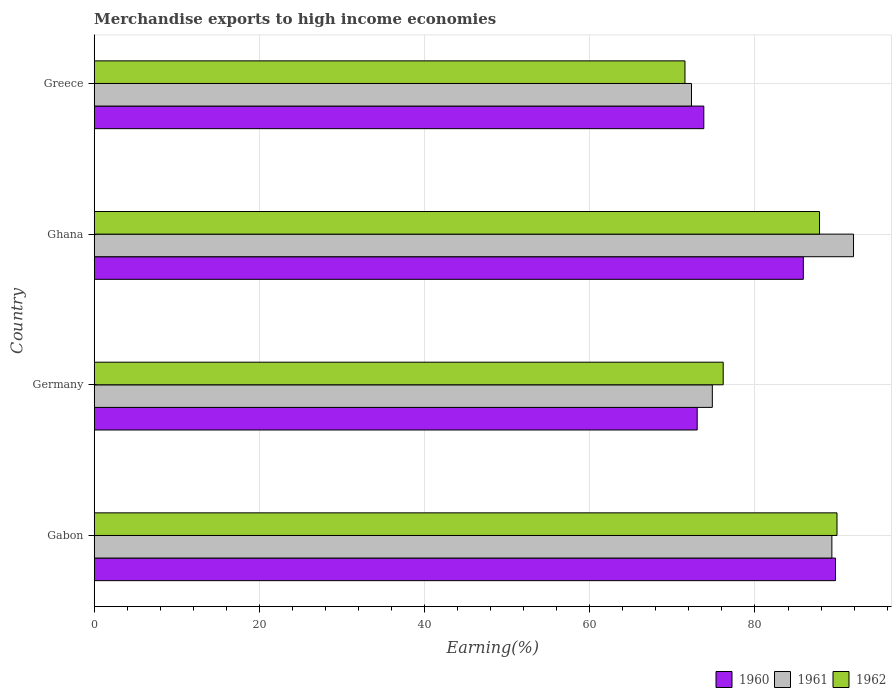
| Country | 1960 | 1961 | 1962 |
 | --- | --- | --- | --- |
 | Gabon | 89.7 | 89.3 | 89.9 |
 | Germany | 73 | 74.8 | 76.2 |
 | Ghana | 85.9 | 91.9 | 87.8 |
 | Greece | 73.8 | 72.3 | 71.5 |